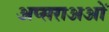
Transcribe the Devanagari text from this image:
अप्सराअओं